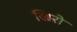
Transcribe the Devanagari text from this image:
खिरो